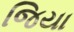
જિયા